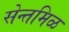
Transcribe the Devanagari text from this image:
सेन्तमिळ